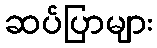
ဆပ်ပြာများ